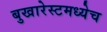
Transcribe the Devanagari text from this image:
बुखारेस्टमध्येच